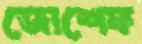
জোশেফ